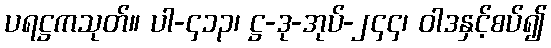
ပရဋ္ဌကသုတ်။ ပါ-၄၁၃၊ ဋ္ဌ-ဒု-အုပ်-၂၄၄၊ ဝါဒနှင့်စပ်၍